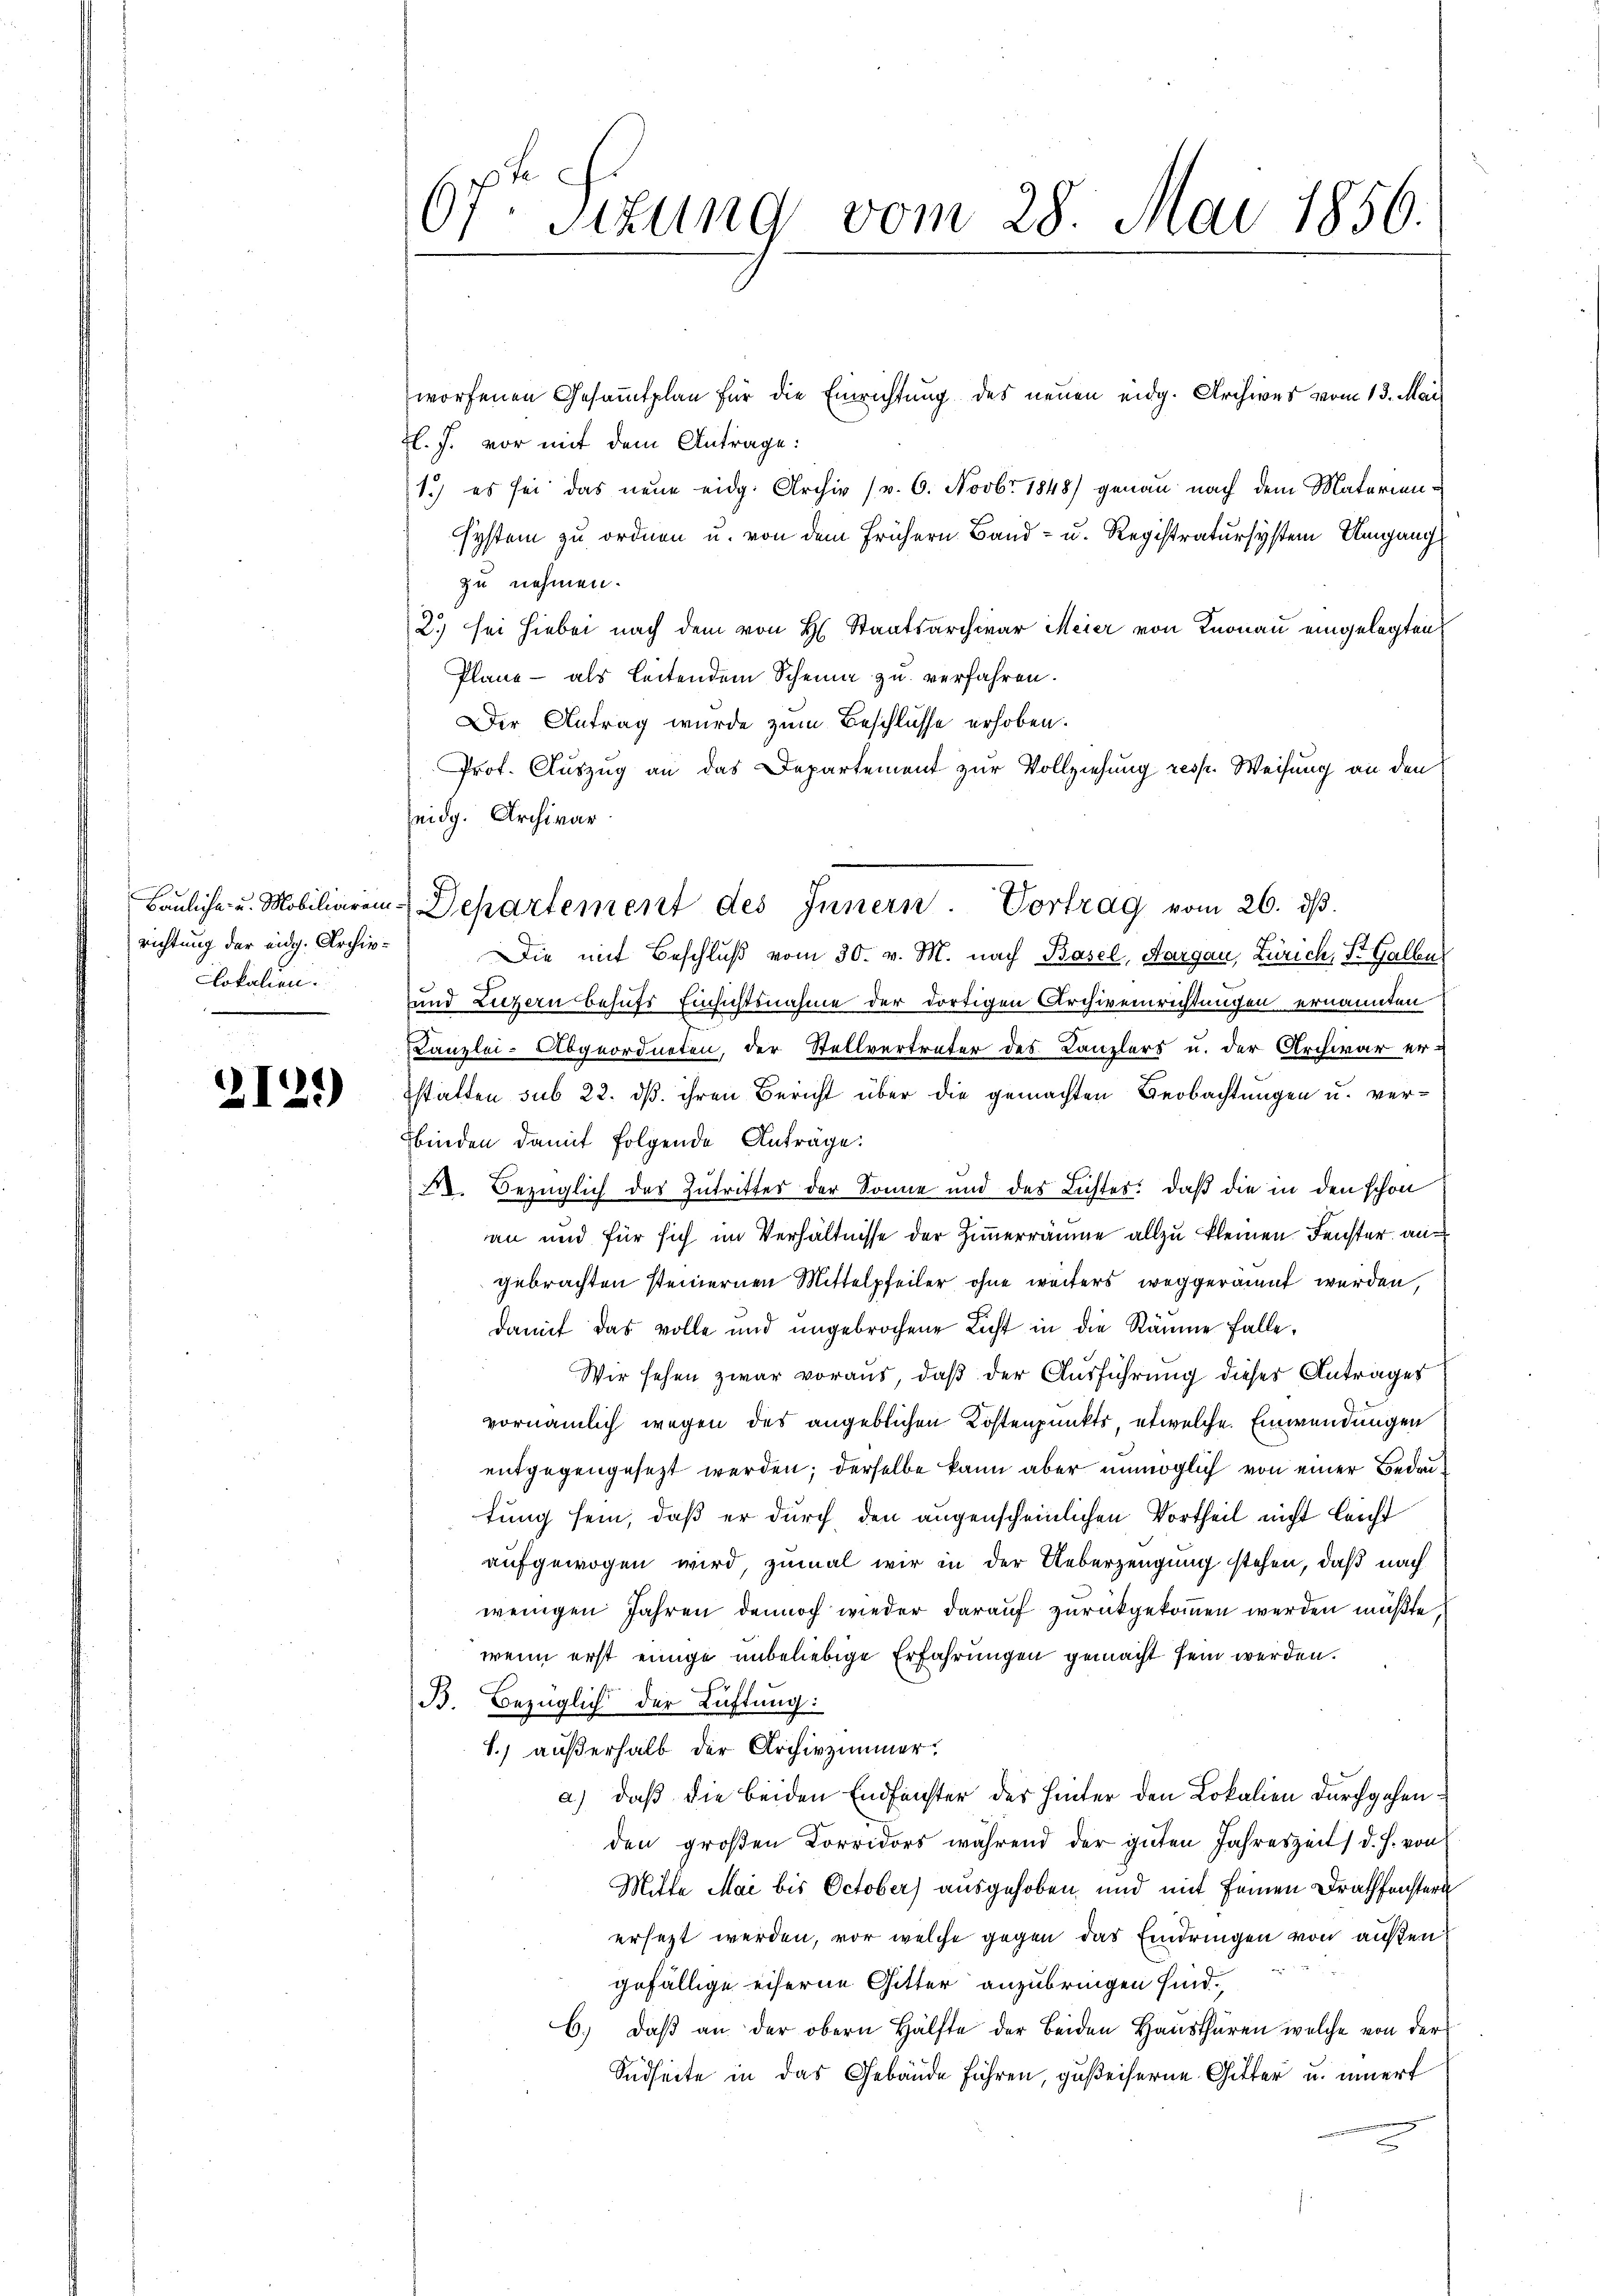
richtung der eidg. Archivlokalien.

2129)

6fr. Sizung vom 28. Mai 1856.

worfenen Gesammtplan für die Einrichtung des neuen eidg. Archives vom 13. Mai
Zl. J. vor mit dem Antrage:
1.) es sei das neue eidg. Archiv (v. 6. Novbr 1848) genau nach dem Materiensystem zu ordnen u. von dem frühern Band- u. Registratursystem Umgang
zu nehmen.
2.) sei hiebei nach dem von H. Staatsarchivar Meier von Knonau eingelegten
Plane - als leitendem Scheine zu verfahren.
Der Antrag wurde zum Beschlüsse erhoben.
Prof. Auszug an das Departement zur Vollziehung resp. Weisung an den
Zeidg. Archivar
Die mit Beschluß vom 30. v. M. nach Basel, Aargau, Zürich, St. Galle
und Luzern behufs Einsichtsnahme der dortigen Archiveinrichtungen ernannten
Kanzlei- Abgeordneten, der Stellvertreter des Kanzlers u. der Archivar er-
sstatten sub 22. dß ihren Bericht über die gemachten Beobachtungen u. verbinden damit folgende Anträge:
52. Bezüglich des Zutrittes der Sonne und des Lichtes: daß die in den schon
an und für sich im Verhältnisse der Zimmerräume allzu kleinen Fenster an
gebrachten seinernen Mittelpfeiler ohne weiters weggeräumt werden,
damit das volle und ungebrochene Licht in die Räume falle,
Wir sehen zwar voraus, daß der Ausführung dieses Antrages
vornämlich wegen des angeblichen Kostenpunkts, etwelche Einwendungen
entgegengesezt werden; derselbe kann aber unmöglich von einer Bedautung sein, daß er durch den augenscheinlichen Vortheil nicht leicht
aufgewogen wird, zumal wir in der Ueberzeugung stehen, daß nach
wenigen Jahren dennoch wieder darauf zurückgekommen werden müßte,
wenn erst einige unbeliebige Erfahrungen gemacht sein werden.
B. Bezüglich der Lüftung:
1.) außerhalb der Archivzimmer.
a) daß die beiden Endfanster der hinter den Lokalien durchgehenden großen Corridors während der guten Jahreszeits d. h. von
Mitte Mai bis October) ausgehoben und mit seinen Drathenstern
ersezt werden, vor welche gegen das Eindringen von außen
gefällige eiserne Gitter anzubringen sind.
b. daβ an der obern Hälfte der beiden Haŭsthüren welche von der
Südseite in das Gebäude führen, gußeiserne Gitter u. innert

Baŭliche u. Mobiliarein Departement des Innern. Vortrag vom 26. dβ.